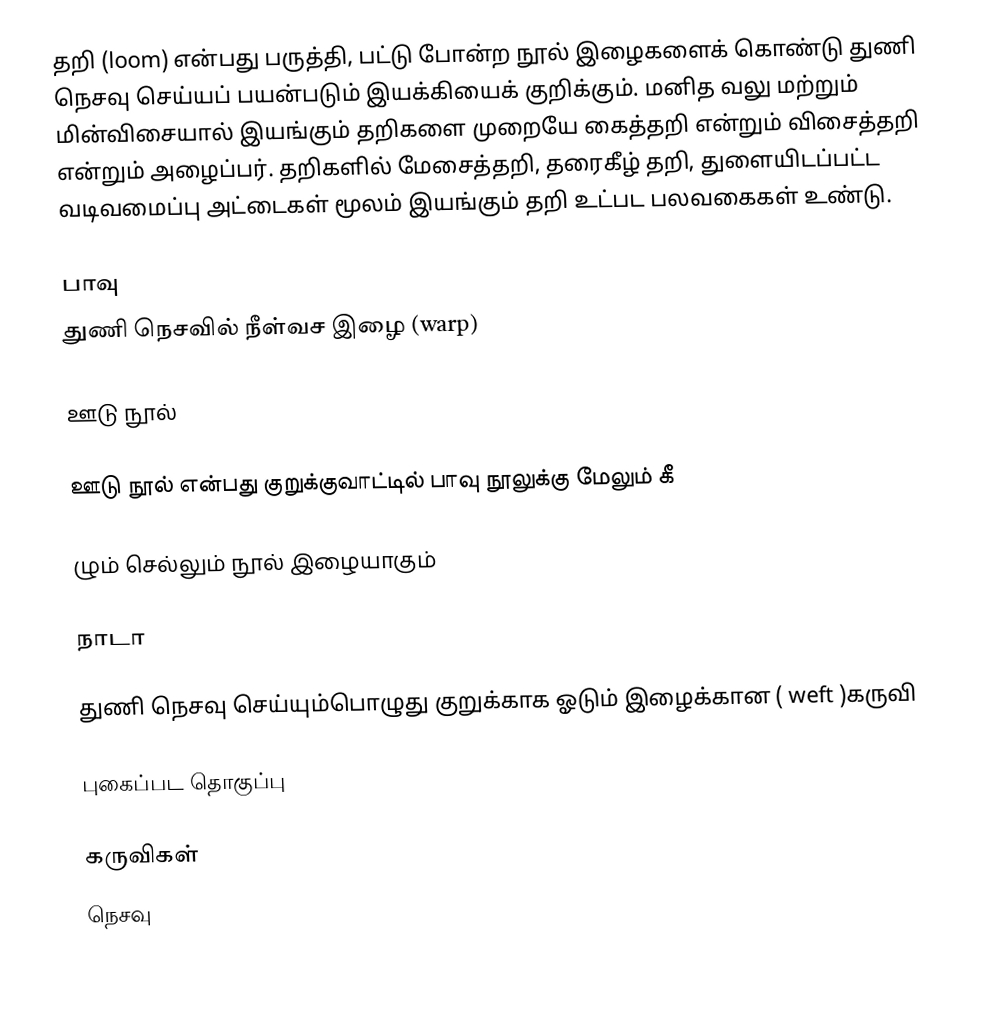
தறி (loom) என்பது பருத்தி, பட்டு போன்ற நூல் இழைகளைக் கொண்டு துணி நெசவு செய்யப் பயன்படும் இயக்கியைக் குறிக்கும். மனித வலு மற்றும் மின்விசையால் இயங்கும் தறிகளை முறையே கைத்தறி என்றும் விசைத்தறி என்றும் அழைப்பர். தறிகளில் மேசைத்தறி, தரைகீழ் தறி, துளையிடப்பட்ட வடிவமைப்பு அட்டைகள் மூலம் இயங்கும் தறி உட்பட பலவகைகள் உண்டு.

பாவு
துணி நெசவில்  நீள்வச இழை (warp)

ஊடு நூல்

ஊடு நூல் என்பது குறுக்குவாட்டில் பாவு நூலுக்கு மேலும் கீ

ழும் செல்லும் நூல் இழையாகும்

நாடா

துணி நெசவு செய்யும்பொழுது குறுக்காக ஓடும் இழைக்கான ( weft )கருவி

புகைப்பட தொகுப்பு

கருவிகள்
நெசவு